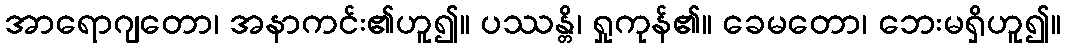
အာရောဂျတော၊ အနာကင်း၏ဟူ၍။ ပဿန္တိ၊ ရှုကုန်၏။ ခေမတော၊ ဘေးမရှိဟူ၍။